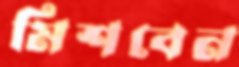
মিশবেন